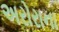
અરોરાના